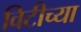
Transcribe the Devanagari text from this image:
विटीच्या